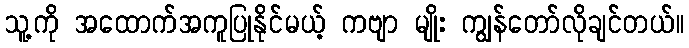
သူ့ကို အထောက်အကူပြုနိုင်မယ့် ကဗျာ မျိုး ကျွန်တော်လိုချင်တယ်။